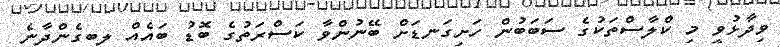
ވިދާޅުވީ މި ކްލާސްތަކުގެ ސަބަބުން ހަށިގަނޑަށް ބޭނުންވާ ކަސްރަތުގެ ބޮޑު ބައެއް ލިބިގެންދާނެ